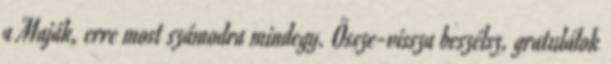
a Maják, erre most számodra mindegy. Össze-vissza beszélsz, gratulálok